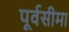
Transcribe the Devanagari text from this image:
पूर्वसीमा